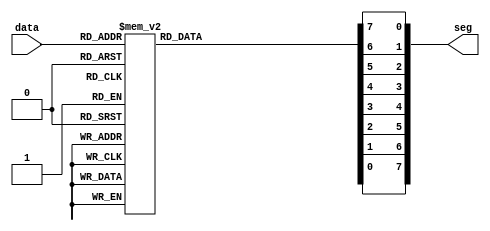
`timescale 1ns / 1ps
//////////////////////////////////////////////////////////////////////////////////
// Company: 
// Engineer: 
// 
// Design Name: 
// Module Name: DigitalShow
// Project Name: 
// Target Devices: 
// Tool Versions: 
// Description: 
// 
// Dependencies: 
// 
// Revision:
// Revision 0.01 - File Created
// Additional Comments:
// 
//////////////////////////////////////////////////////////////////////////////////


module DigitalShow(
    input [3:0] data,
    output [7:0] seg
);
    reg dp,cg,cf,ce,cd,cc,cb,ca;
    assign seg = {dp, cg, cf, ce, cd, cc, cb, ca}; //
    always @ (data) 
        begin
            case(data)
                 4'h0: {ca, cb, cc, cd, ce, cf, cg, dp} = 8'b0000_0011;
                 4'h1: {ca, cb, cc, cd, ce, cf, cg, dp} = 8'b1001_1111;
                 4'h2: {ca, cb, cc, cd, ce, cf, cg, dp} = 8'b0010_0101;
                 4'h3: {ca, cb, cc, cd, ce, cf, cg, dp} = 8'b0000_1101;
                 4'h4: {ca, cb, cc, cd, ce, cf, cg, dp} = 8'b1001_1001;
                 4'h5: {ca, cb, cc, cd, ce, cf, cg, dp} = 8'b0100_1001;
                 4'h6: {ca, cb, cc, cd, ce, cf, cg, dp} = 8'b0100_0001;
                 4'h7: {ca, cb, cc, cd, ce, cf, cg, dp} = 8'b0001_1111;
                 4'h8: {ca, cb, cc, cd, ce, cf, cg, dp} = 8'b0000_0001;
                 4'h9: {ca, cb, cc, cd, ce, cf, cg, dp} = 8'b0001_0001;
                 default: {ca, cb, cc, cd, ce, cf, cg, dp} = 8'b1111_1111; //
            endcase
        end
endmodule